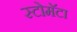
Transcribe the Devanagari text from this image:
स्टोमॅटा